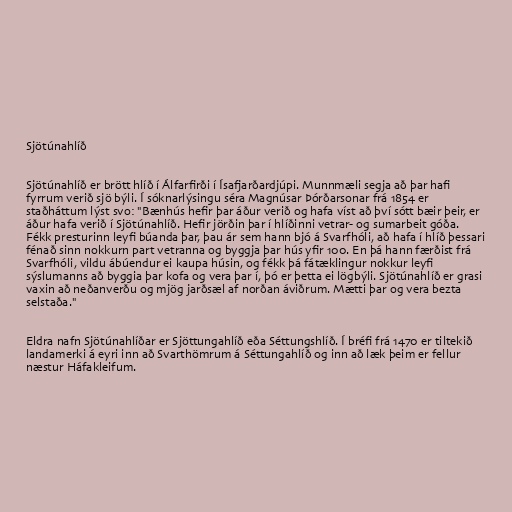
Sjötúnahlíð

Sjötúnahlíð er brött hlíð í Álfarfirði í Ísafjarðardjúpi. Munnmæli segja að þar hafi
fyrrum verið sjö býli. Í sóknarlýsingu séra Magnúsar Þórðarsonar frá 1854 er
staðháttum lýst svo: "Bænhús hefir þar áður verið og hafa víst að því sótt bæir þeir, er
áður hafa verið í Sjötúnahlíð. Hefir jörðin þar í hlíðinni vetrar- og sumarbeit góða.
Fékk presturinn leyfi búanda þar, þau ár sem hann bjó á Svarfhóli, að hafa í hlíð þessari
fénað sinn nokkurn part vetranna og byggja þar hús yfir 100. En þá hann færðist frá
Svarfhóli, vildu ábúendur ei kaupa húsin, og fékk þá fátæklingur nokkur leyfi
sýslumanns að byggia þar kofa og vera þar í, þó er þetta ei lögbýli. Sjötúnahlíð er grasi
vaxin að neðanverðu og mjög jarðsæl af norðan áviðrum. Mætti þar og vera bezta
selstaða."

Eldra nafn Sjötúnahlíðar er Sjöttungahlíð eða Séttungshlíð. Í bréfi frá 1470 er tiltekið
landamerki á eyri inn að Svarthömrum á Séttungahlíð og inn að læk þeim er fellur
næstur Háfakleifum.